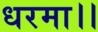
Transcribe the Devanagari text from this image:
धरमा।।